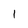
Character: 1